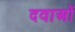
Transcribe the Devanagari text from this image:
दवाअों